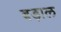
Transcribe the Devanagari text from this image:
बड़ाल